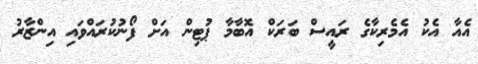
އެއާ އެކު އެމެރިކާގެ ރައީސް ބަރަކް އޮބާމާ ޕުޓިން އަށް ފޯނުކުރައްވައި އިންޒާރު